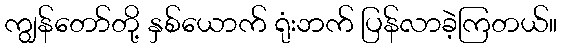
ကျွန်တော်တို့ နှစ်ယောက် ရုံးဘက် ပြန်လာခဲ့ကြတယ်။